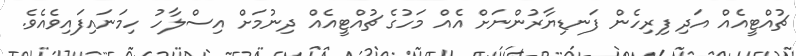
ޗުއްޓީއެއް އަދި ފިރިހެން ފަނޑިޔާރުންނަށް އެއް މަހުގެ ޗުއްޓީއެއް ދިނުމަށް އިސްލާހު ހިމަނައިފައިވެއެވެ.